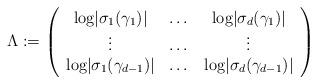
LaTeX: \begin{align*}\Lambda:= \left(\begin{array} {ccc} \mbox{log}\vert \sigma_1(\gamma_1) \vert & \dots & \mbox{log}\vert \sigma_d(\gamma_1) \vert \\\vdots & \dots & \vdots \\\mbox{log}\vert \sigma_1(\gamma_{d-1}) \vert & \dots & \mbox{log}\vert \sigma_d(\gamma_{d-1}) \vert\end{array} \right)\end{align*}